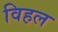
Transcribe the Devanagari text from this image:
विहल